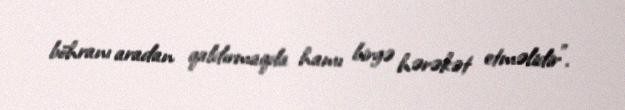
böhranı aradan qaldırmaqda hamı birgə hərəkət etməlidir".